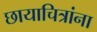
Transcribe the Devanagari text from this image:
छायाचित्रांना